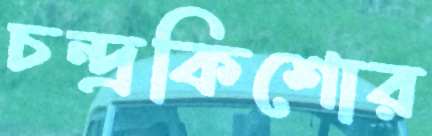
চন্দ্রকিশোর